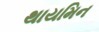
થાયમિન